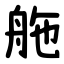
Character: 䑨